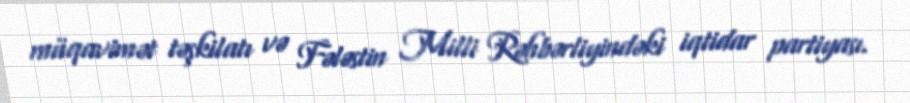
müqavimət təşkilatı və Fələstin Milli Rəhbərliyindəki iqtidar partiyası.